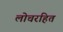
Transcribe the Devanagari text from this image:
लोचरहित